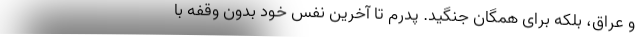
و عراق، بلکه برای همگان جنگید. پدرم تا آخرین نفس خود بدون وقفه با